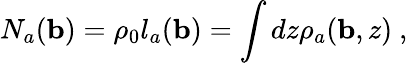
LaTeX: N_{a}({\mathbf b})=\rho_{0}l_{a}({\mathbf b})=\int dz\rho_{a}({\mathbf b},z)~,